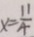
x = \frac { 1 1 } { 4 }